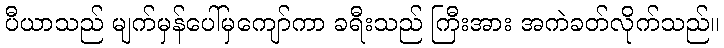
ပီယာသည် မျက်မှန်ပေါ်မှကျော်ကာ ခရီးသည် ကြီးအား အကဲခတ်လိုက်သည်။